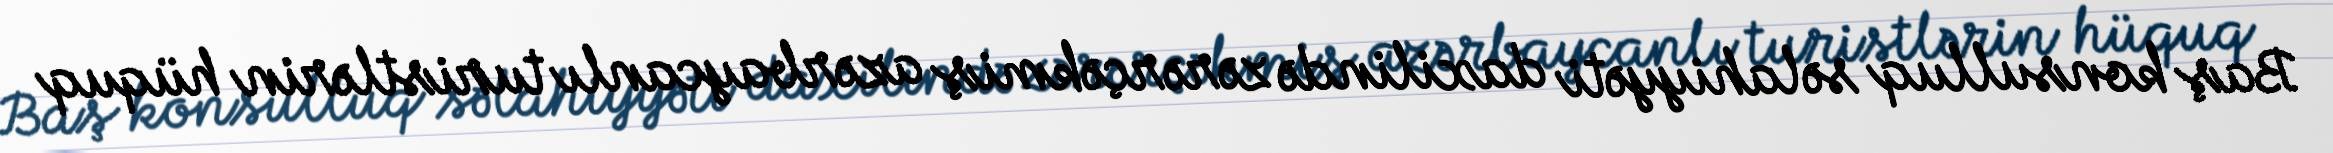
Baş konsulluq səlahiyyəti daxilində zərərçəkmiş azərbaycanlı turistlərin hüquq